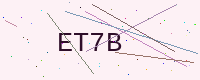
Text: ET7B